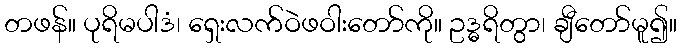
တဖန်။ ပုရိမပါဒံ၊ ရှေးလက်ဝဲဖဝါးတော်ကို။ ဥဒ္ဓရိတွာ၊ ချီတော်မူ၍။